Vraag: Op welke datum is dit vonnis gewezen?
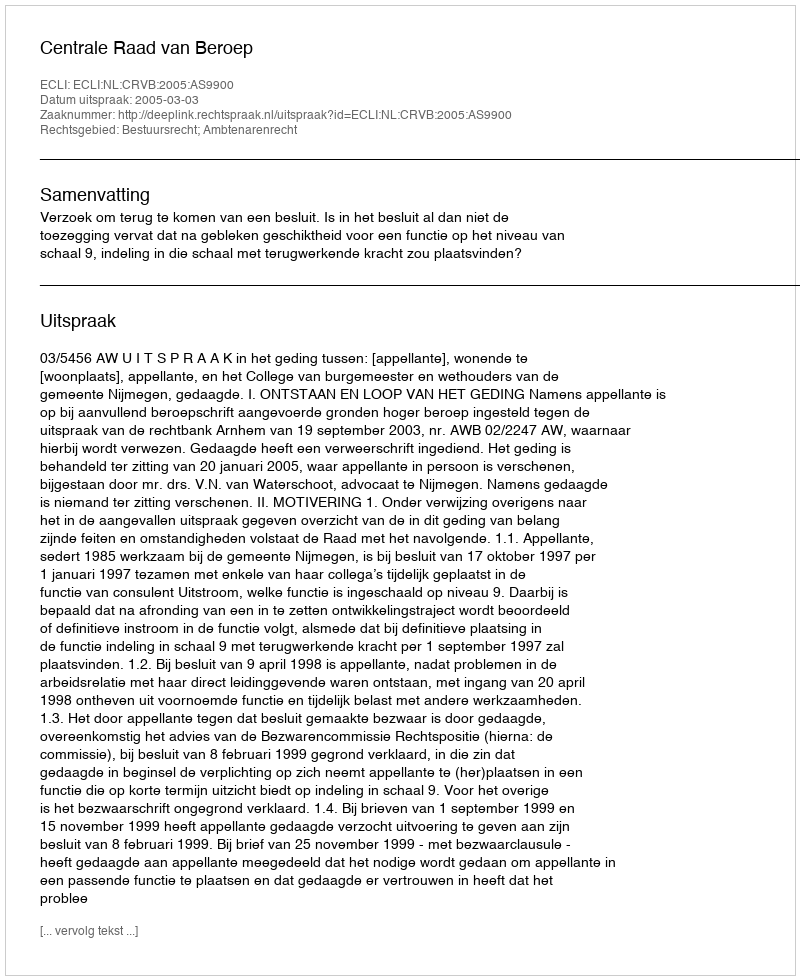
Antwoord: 2005-03-03